Reports on military cantonments and civil stations in the Presidency of Bombay inspected by the Sanitary Commissioner in the years 1875 and 1876
Year: 1875
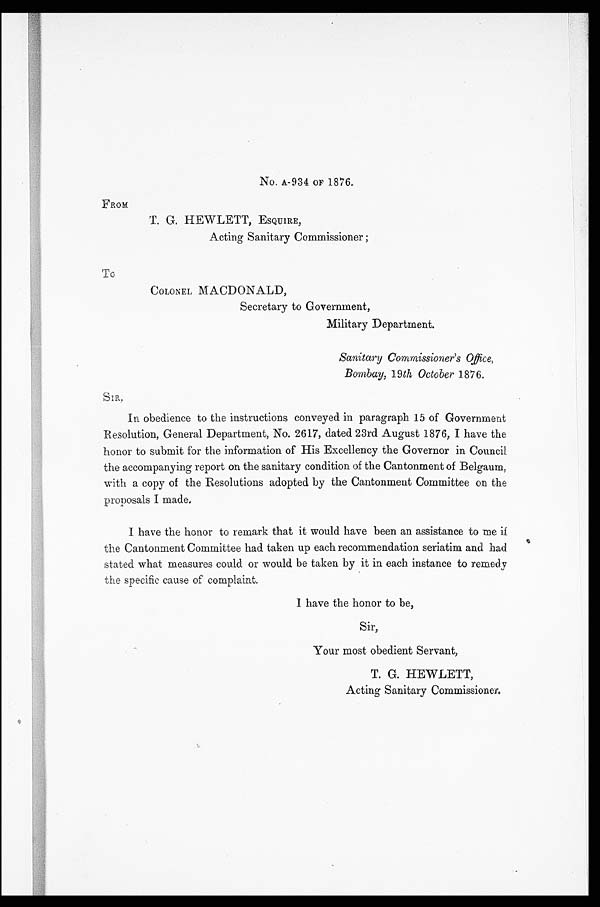
No. A-934 OF 1876.
FROM
T. G. HEWLETT, ESQUIRE,
Acting Sanitary Commissioner ;
To
COLONEL MACDONALD,
Secretary to Government,
Military Department.
Sanitary Commissioner's Office,
Bombay, 19th October 1876.
In obedience to the instructions conveyed in paragraph 15 of Government
Resolution, General Department, No. 2617, dated 23rd August 1876, I have the
honor to submit for the information of His Excellency the Governor in Council
the accompanying report on the sanitary condition of the Cantonment of Belgaum
with a copy of the Resolutions adopted by the Cantonment Committee on the
proposals I made.
I have the honor to remark that it would have been an assistance to me if
the Cantonment Committee had taken up each recommendation seriatim and had
stated what measures could or would be taken by it in each instance to remedy
the specific cause of complaint.
I have the honor to be,
Sir,
Your most obedient Servant,
T. G. HEWLETT,
Acting Sanitary Commissioner.